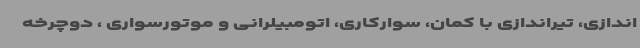
اندازی، تیراندازی با کمان، سوارکاری، اتومبیلرانی و موتورسواری ، دوچرخه